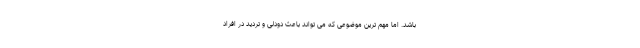
باشد. اما مهم ترین موضوعی که می تواند باعث دودلی و تردید در افراد